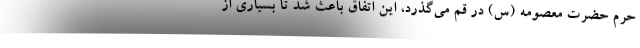
حرم حضرت معصومه (س) در قم می‌گذرد، این اتفاق باعث شد تا بسیاری از